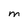
Character: m